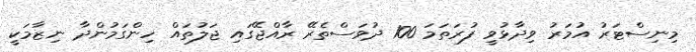
މިނިސްޓަރު އުމަރު ވިދާޅުވީ ފުރަތަމަ 100 ދުވަސްތެރޭ ރާއްޖޭގައި ޖަލުތައް ހިންގަމުންދާ ނިޒާމަކީ